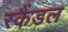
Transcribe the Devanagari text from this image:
स्‍कैंडल